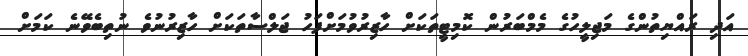
އަދި ރައްޔިތުންގެ މަޖިލީހުގެ މެމްބަރުން ކޮމިޓީތަކަށް ހާޒިރުވުމަށްފަހު ޖަލްސާތަކަށް ހާޒިރުނުވެ ނުތިބެވޭނެ ކަމަށް